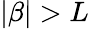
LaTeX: |\beta|>L